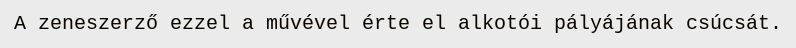
A zeneszerző ezzel a művével érte el alkotói pályájának csúcsát.